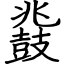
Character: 鼗